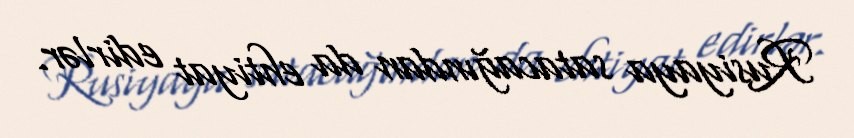
Rusiyaya satacağından da ehtiyat edirlər.